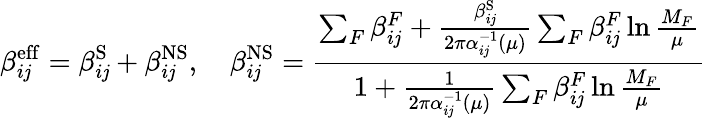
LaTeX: \beta_{i\mathit{j}}^{\mathrm{{eff}}}=\beta_{i\mathit{j}}^{\mathrm{{S}}}+\beta_{i\mathit{j}}^{\mathrm{{NS}}},~~~~\beta_{i\mathit{j}}^{\mathrm{{NS}}}=\frac{{\sum_{F}\beta_{i\mathit{j}}^{F}+\frac{{\beta_{i\mathit{j}}^{\mathrm{{S}}}}}{{2\pi\alpha_{i\mathit{j}}^{-1}(\mu)}}\sum_{F}\beta_{i\mathit{j}}^{F}\ln\frac{{M_{F}}}{{\mu}}}}{{1+\frac{{1}}{{2\pi\alpha_{i\mathit{j}}^{-1}(\mu)}}\sum_{F}\beta_{i\mathit{j}}^{F}\ln\frac{{M_{F}}}{{\mu}}}}